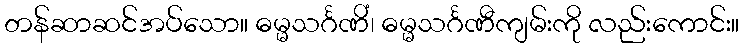
တန်ဆာဆင်အပ်သော။ ဓမ္မသင်္ဂဏိံ၊ ဓမ္မသင်္ဂဏီကျမ်းကို လည်းကောင်း။